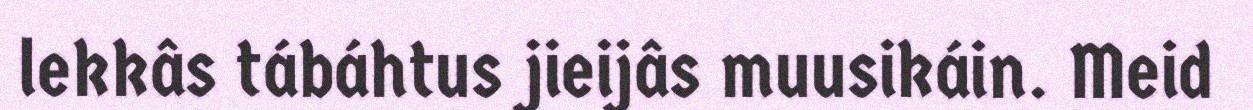
lekkâs tábáhtus jieijâs muusikáin. Meid